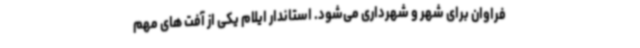
فراوان برای شهر و شهرداری می‌شود. استاندار ایلام یکی از آفت های مهم